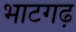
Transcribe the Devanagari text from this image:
भाटगढ़